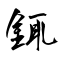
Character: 銸